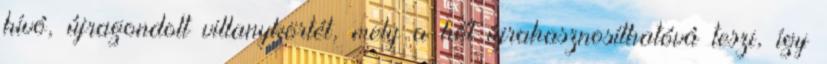
hívó, újragondolt villanykörtét, mely a hőt újrahasznosíthatóvá teszi, így